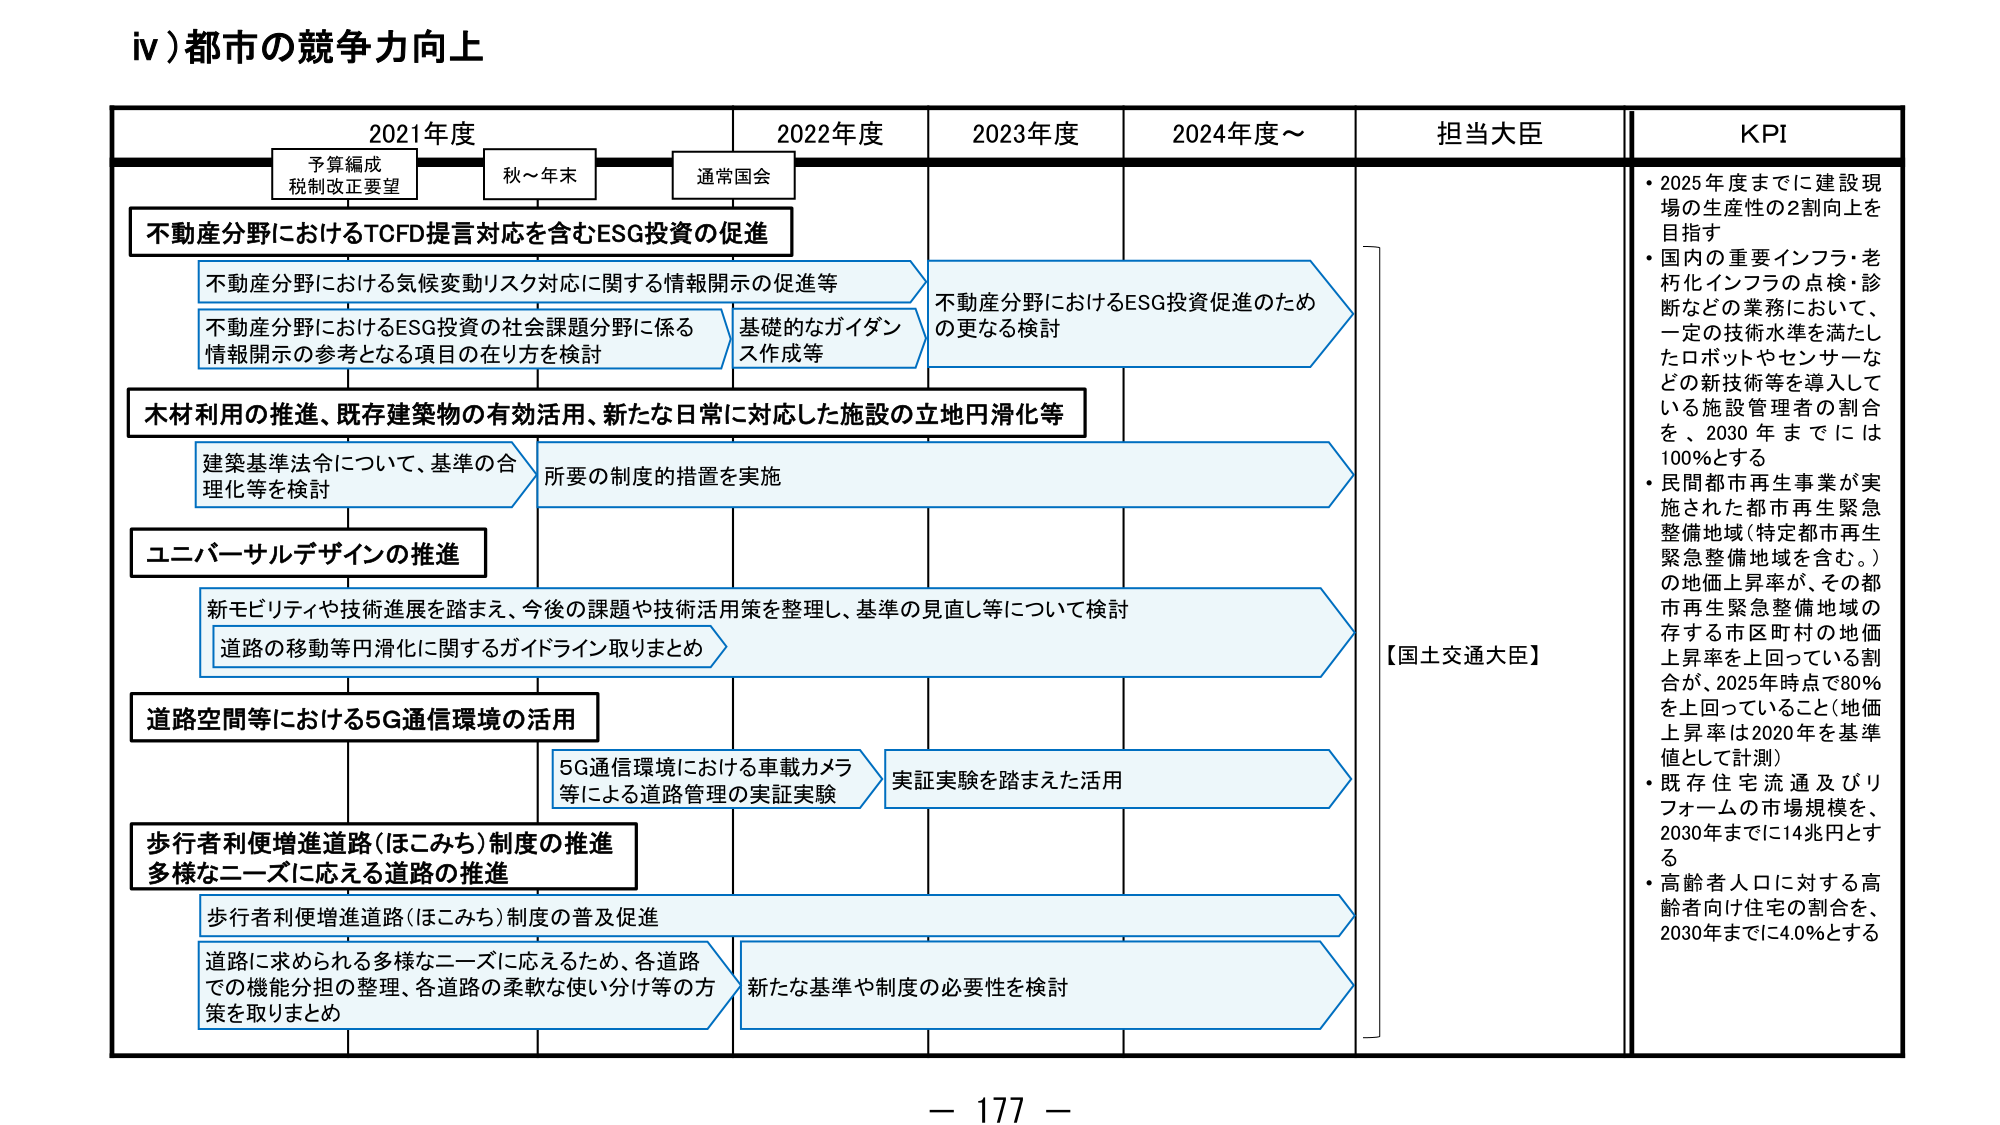
iv)都市の競争力向上

2021年度
予算編成
税制改正要望
秋～年末
通常国会

2022年度

2023年度

2024年度～

担当大臣

KPI

不動産分野におけるTCFD提言対応を含むESG投資の促進

不動産分野における気候変動リスク対応に関する情報開示の促進等

不動産分野におけるESG投資の社会課題分野に係る
情報開示の参考となる項目の在り方を検討

基礎的なガイダンス作成等

不動産分野におけるESG投資促進のため
の更なる検討

木材利用の推進、既存建築物の有効活用、新たな日常に対応した施設の立地円滑化等

建築基準法令について、基準の合理化等を検討

所要の制度的措置を実施

ユニバーサルデザインの推進

新モビリティや技術進展を踏まえ、今後の課題や技術活用策を整理し、基準の見直し等について検討

道路の移動等円滑化に関するガイドライン取りまとめ

道路空間等における5G通信環境の活用

5G通信環境における車載カメラ等による道路管理の実証実験

実証実験を踏まえた活用

歩行者利便増進道路（ほこみち）制度の推進
多様なニーズに応える道路の推進

歩行者利便増進道路（ほこみち）制度の普及促進

道路に求められる多様なニーズに応えるため、各道路での機能分担の整理、各道路の柔軟な使い分け等の方策を取りまとめ

新たな基準や制度の必要性を検討

【国土交通大臣】

・2025年度までに建設現場の生産性の2割向上を目指す
・国内の重要インフラ・老朽化インフラの点検・診断などの業務において、一定の技術水準を満たしたロボットやセンサーなどの新技術等を導入している施設管理者の割合を、2030年までには100%とする
・民間都市再生事業が実施された都市再生緊急整備地域（特定都市再生緊急整備地域を含む。）の地価上昇率が、その都市再生緊急整備地域の存する市区町村の地価上昇率を上回っている割合が、2025年時点で80%を上回っていること（地価上昇率は2020年を基準値として計測）
・既存住宅流通及びリフォームの市場規模を、2030年までに14兆円とする
・高齢者人口に対する高齢者向け住宅の割合を、2030年までに4.0%とする

－ 177 －